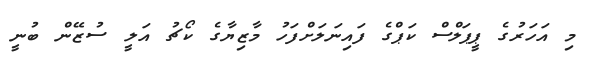
މި އަހަރުގެ ޕީޕަލްސް ކަޕްގެ ފައިނަލަށްފަހު މާޒިޔާގެ ކޯޗު އަލީ ސުޒޭން ބުނީ